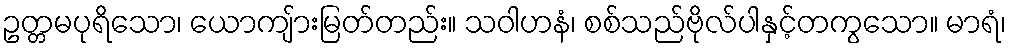
ဥတ္တမပုရိသော၊ ယောကျ်ားမြတ်တည်း။ သဝါဟနံ၊ စစ်သည်ဗိုလ်ပါနှင့်တကွသော။ မာရံ၊